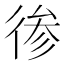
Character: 𱝳